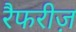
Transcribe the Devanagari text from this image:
रैफरीज़